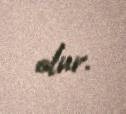
olur.